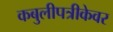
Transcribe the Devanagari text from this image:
कबुलीपत्रीकेवर